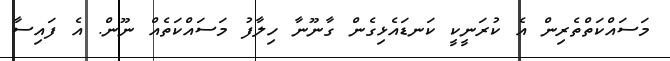
މަސައްކަތްތެރިން އެ ކުރަނީކީ ކަނޑައެޅިގެން ގާނޫނާ ހިލާފު މަސައްކަތެއް ނޫން. އެ ފައިސާ